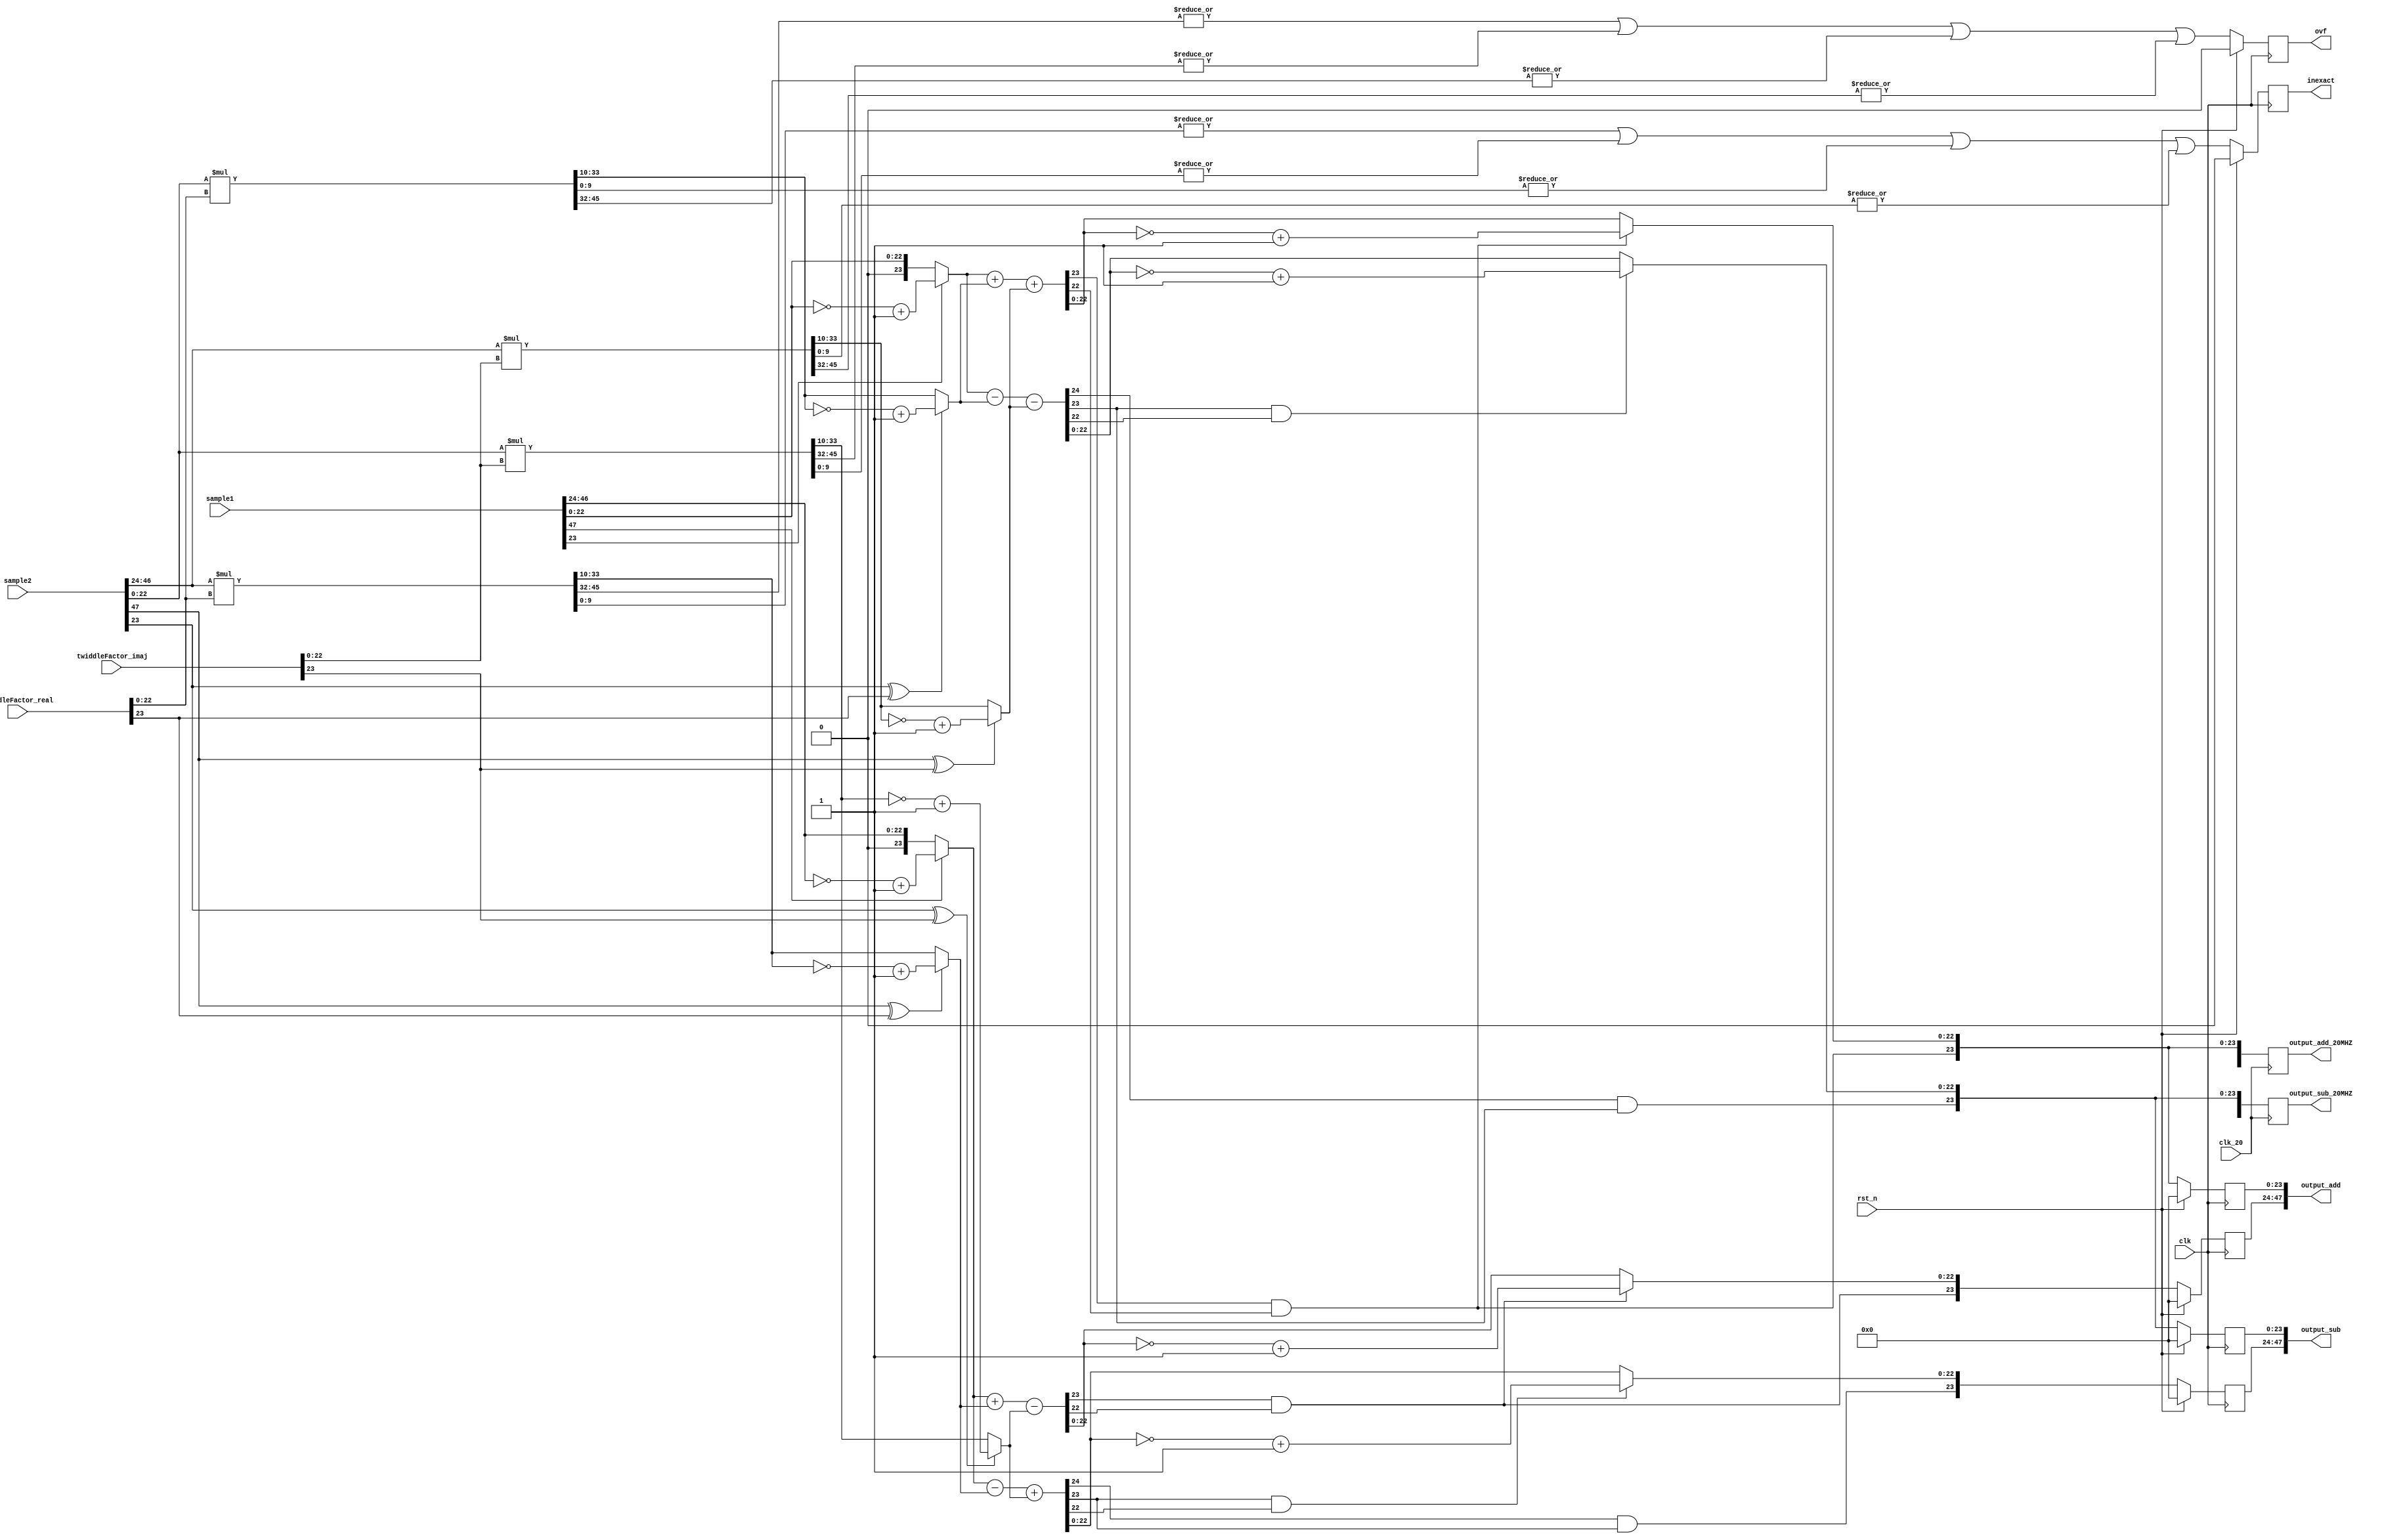
`timescale 1ns / 1ps

module multiply_acc

(
	 input clk , clk_20, rst_n ,
	 // Input sample A+jB 
    input  [47:0] sample1,
	 input  [47:0] sample2,
	 //---------------------------------//
	 input [23:0] twiddleFactor_real, // this value is const 
	 input [23:0] twiddleFactor_imaj , 
	 
    
	 output [47:0] output_add, // 100 MHZ 
	 output [47:0] output_sub,
	 
	 output reg [47:0] output_add_20MHZ , 
	 output reg [47:0] output_sub_20MHZ , 
	 
	 output reg ovf,inexact 
    );
	 
reg  [47:0] real1 ;
reg  [47:0] real2 ;
reg real1_sgn ,real2_sgn ,
		imaj1_sgn ,imaj2_sgn ;
reg [45:0] imaj1 ;
reg [45:0] imaj2 ;

reg [23:0] real1_twoscomp,real2_twoscomp,
				imaj1_twoscomp,imaj2_twoscomp,
				sample1_real_twoscomp,
				sample1_imaj_twoscomp;
				
reg [24:0] real_output_comp_add , imaj_output_comp_add ,
				real_output_add , imaj_output_add ,
				real_output_comp_sub , imaj_output_comp_sub ,
				real_output_sub , imaj_output_sub ;

wire overflow, inexact_flag ;
wire  [23:0] sample1_real,sample1_imaj,
	 sample2_real,sample2_imaj;
reg [23:0] output_real_add,output_imaj_add,
	 output_real_sub,output_imaj_sub;
// Combinitional logic 
assign 	sample1_real = sample1[47:24],
			sample1_imaj = sample1[23:0],
			sample2_real = sample2 [47:24],
			sample2_imaj = sample2 [23:0] ;
			
assign   output_add= {output_real_add,output_imaj_add} , 
			output_sub= {output_real_sub,output_imaj_sub} ;
	 
always@(*)
	begin 
			real1= sample2_real[22:0]*twiddleFactor_real[22:0] ;
			real1_sgn = sample2_real[23] ^ twiddleFactor_real[23] ; 
			real1_twoscomp = (real1_sgn) ? ~real1[33:10]+1'b1 : real1[33:10] ;
			
			real2 = sample2_imaj[22:0]*twiddleFactor_imaj[22:0];
			real2_sgn = sample2_imaj[23] ^twiddleFactor_imaj[23];
			real2_twoscomp = (real2_sgn) ? ~real2[33:10]+1'b1 : real2[33:10] ;
		
			imaj1= sample2_imaj[22:0]*twiddleFactor_real[22:0] ;
			imaj1_sgn = sample2_imaj[23] ^ twiddleFactor_real[23] ; 
			imaj1_twoscomp = (imaj1_sgn) ? ~imaj1[33:10]+1'b1 : imaj1[33:10] ;

			imaj2 = sample2_real[22:0]*twiddleFactor_imaj[22:0];
			imaj2_sgn = sample2_real[23] ^twiddleFactor_imaj[23];
			imaj2_twoscomp = (imaj2_sgn) ? ~imaj2[33:10]+1'b1 : imaj2[33:10] ;
	end 
  
always@(*)
	begin
			sample1_real_twoscomp = (sample1_real[23]) ? ~sample1_real[22:0]+1'b1 : sample1_real[22:0];
			sample1_imaj_twoscomp= (sample1_imaj[23]) ? ~sample1_imaj[22:0]+1'b1 : sample1_imaj[22:0];
	end
 

always@(*)
	begin
		real_output_comp_add =sample1_real_twoscomp +real1_twoscomp - real2_twoscomp;
		real_output_add = (real_output_comp_add[23]&real_output_comp_add[22]) ? ~real_output_comp_add+1'b1 : real_output_comp_add ;
		
		imaj_output_comp_add =sample1_imaj_twoscomp +imaj1_twoscomp + imaj2_twoscomp;
		imaj_output_add = (imaj_output_comp_add[23]&imaj_output_comp_add[22]) ? ~imaj_output_comp_add+1'b1 : imaj_output_comp_add ;
		
		real_output_comp_sub =sample1_real_twoscomp -real1_twoscomp + real2_twoscomp;
		real_output_sub = (real_output_comp_sub[23]&real_output_comp_sub[22]) ? ~real_output_comp_sub+1'b1 : real_output_comp_sub ;
		
		imaj_output_comp_sub =sample1_imaj_twoscomp -imaj1_twoscomp - imaj2_twoscomp;
		imaj_output_sub = (imaj_output_comp_sub[23]&imaj_output_comp_sub[22]) ? ~imaj_output_comp_sub+1'b1 : imaj_output_comp_sub ;
	end

assign overflow = (|real1[45:32]) || (|real2[45:32]) ||
						(|imaj1[45:32]) || (|imaj2[45:32]) ; 

assign inexact_flag= (|real1[9:0]) || (|real2[9:0]) ||
						(|imaj1[9:0]) || (|imaj2[9:0]) ; 
						
 
always@(posedge clk)
	//synchronus reset 
	if (rst_n)
		begin
			output_real_add <= 0 ; 
			output_imaj_add <= 0 ;
			output_real_sub <= 0 ; 
			output_imaj_sub <= 0 ;
			ovf <= 0 ; 
			inexact <= 0; 
			//reg_select <= 3'b111 ; 
		end
	else 
		begin
			ovf <= overflow ; 
			inexact <= inexact_flag ; 
			output_real_add <= {(real_output_comp_add[23]&real_output_comp_add[22]) , real_output_add[22:0] } ;
			output_imaj_add <= {(imaj_output_comp_add[23]&imaj_output_comp_add[22]) , imaj_output_add[22:0] } ;
			
			output_real_sub <= {(real_output_comp_sub[24]&real_output_comp_sub[23]) , real_output_sub[22:0] } ;
			output_imaj_sub <= {(imaj_output_comp_sub[24]&imaj_output_comp_sub[23]) , imaj_output_sub[22:0] } ;
			/*if (reg_select == output_regs_number)
				reg_select <= 0 ;
			else 
				reg_select <= reg_select +1'b1 ;*/ 
		end 
 
always@(posedge clk_20)
	//synchronus reset 
	
		begin
			output_add_20MHZ <= {(real_output_comp_add[23]&real_output_comp_add[22]) , real_output_add[22:0],  
										(imaj_output_comp_add[23]&imaj_output_comp_add[22]) , imaj_output_add[22:0] } ;
			
			output_sub_20MHZ <= {(real_output_comp_sub[24]&real_output_comp_sub[23]) , real_output_sub[22:0],
										(imaj_output_comp_sub[24]&imaj_output_comp_sub[23]) , imaj_output_sub[22:0] } ;
			
		end 
endmodule